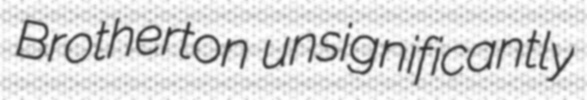
Brotherton unsignificantly